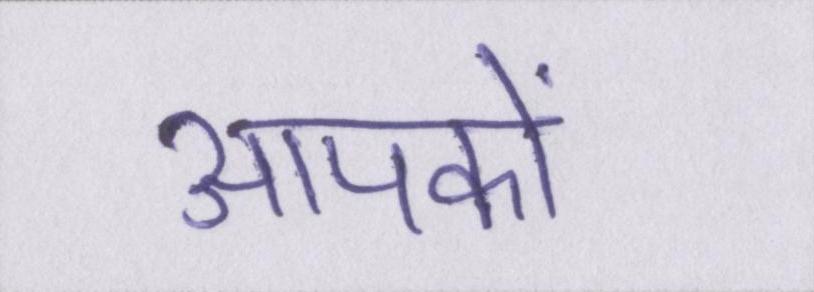
आपकों